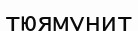
тюямунит